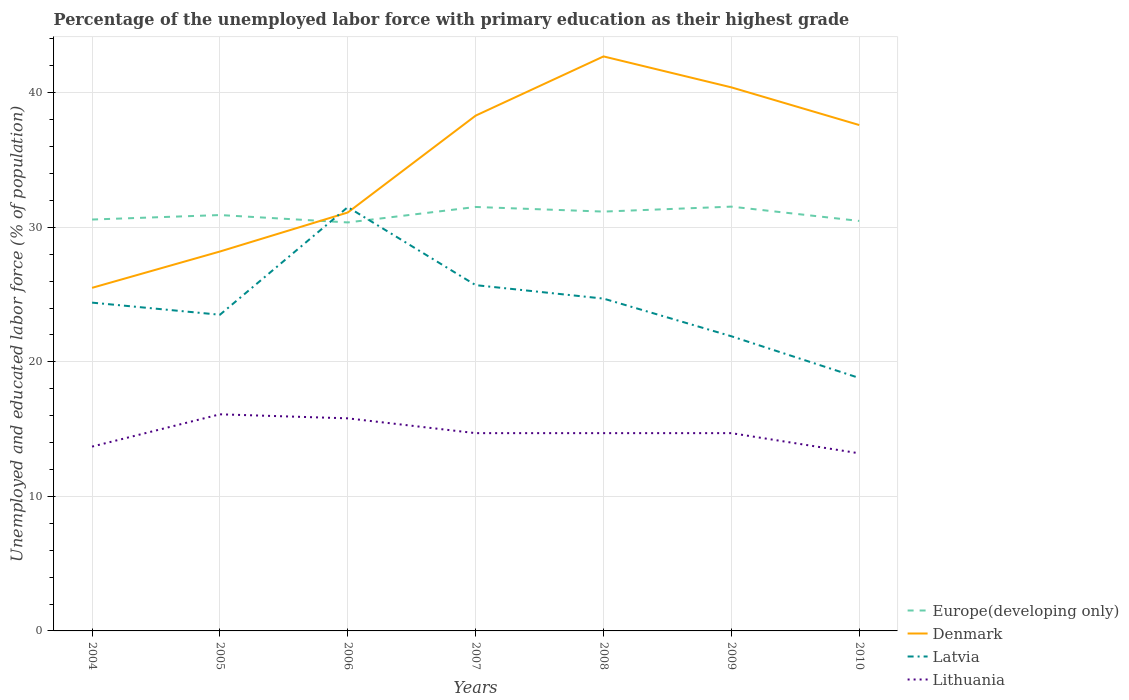
| Years | Europe(developing only) | Denmark | Latvia | Lithuania |
 | --- | --- | --- | --- | --- |
 | 2004 | 30.6 | 25.5 | 24.4 | 13.7 |
 | 2005 | 30.9 | 28.2 | 23.5 | 16.1 |
 | 2006 | 30.4 | 31.1 | 31.5 | 15.8 |
 | 2007 | 31.5 | 38.3 | 25.7 | 14.7 |
 | 2008 | 31.2 | 42.7 | 24.7 | 14.7 |
 | 2009 | 31.5 | 40.4 | 21.9 | 14.7 |
 | 2010 | 30.5 | 37.6 | 18.8 | 13.2 |